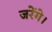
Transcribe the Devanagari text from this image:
जरेंगे।